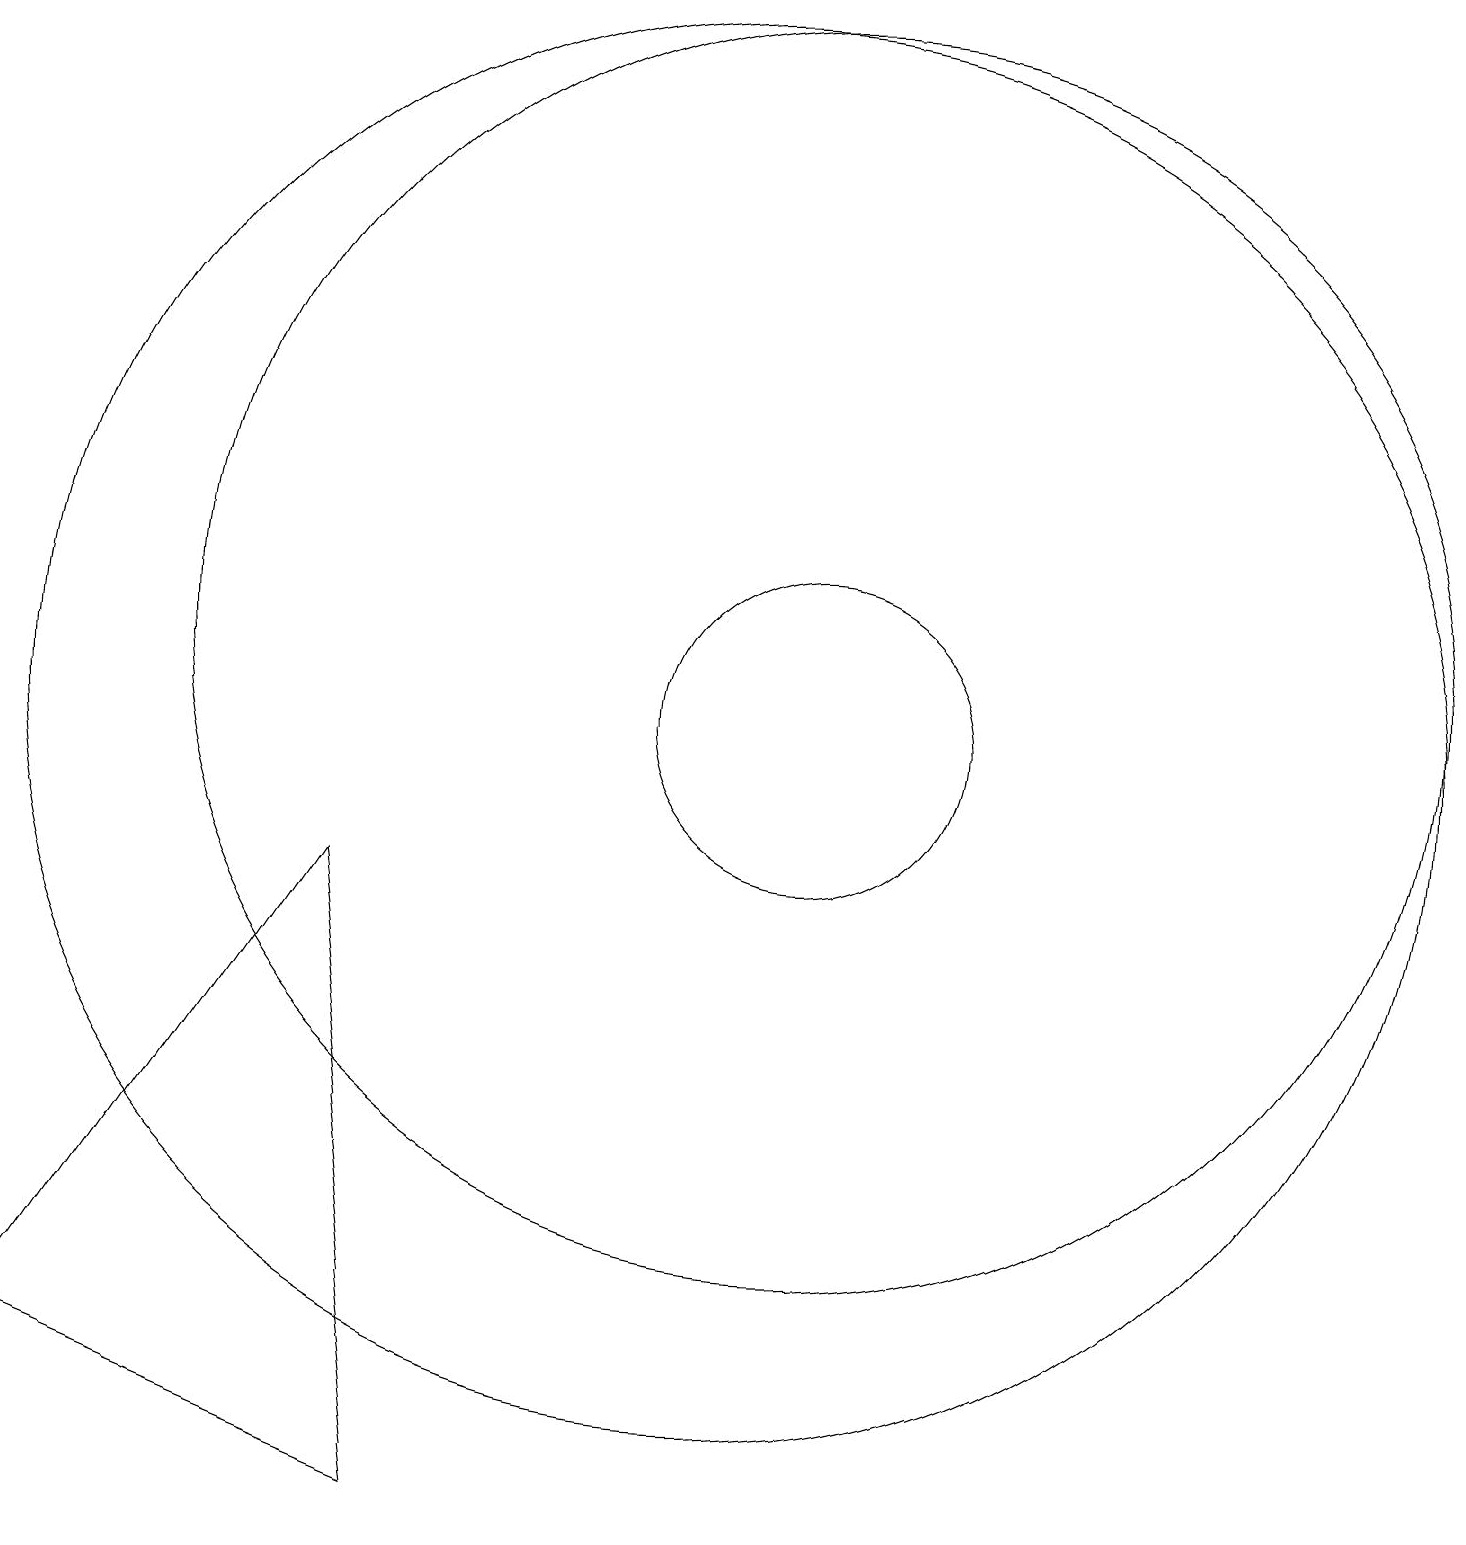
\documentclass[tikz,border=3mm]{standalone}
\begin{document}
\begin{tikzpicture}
\draw (12,10) circle (2);
\draw (12,11) circle (8);
\draw (11,10) circle (9);
\draw (6,8) -- (2,2) -- (7,0) -- cycle;
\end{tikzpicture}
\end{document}